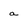
Character: a